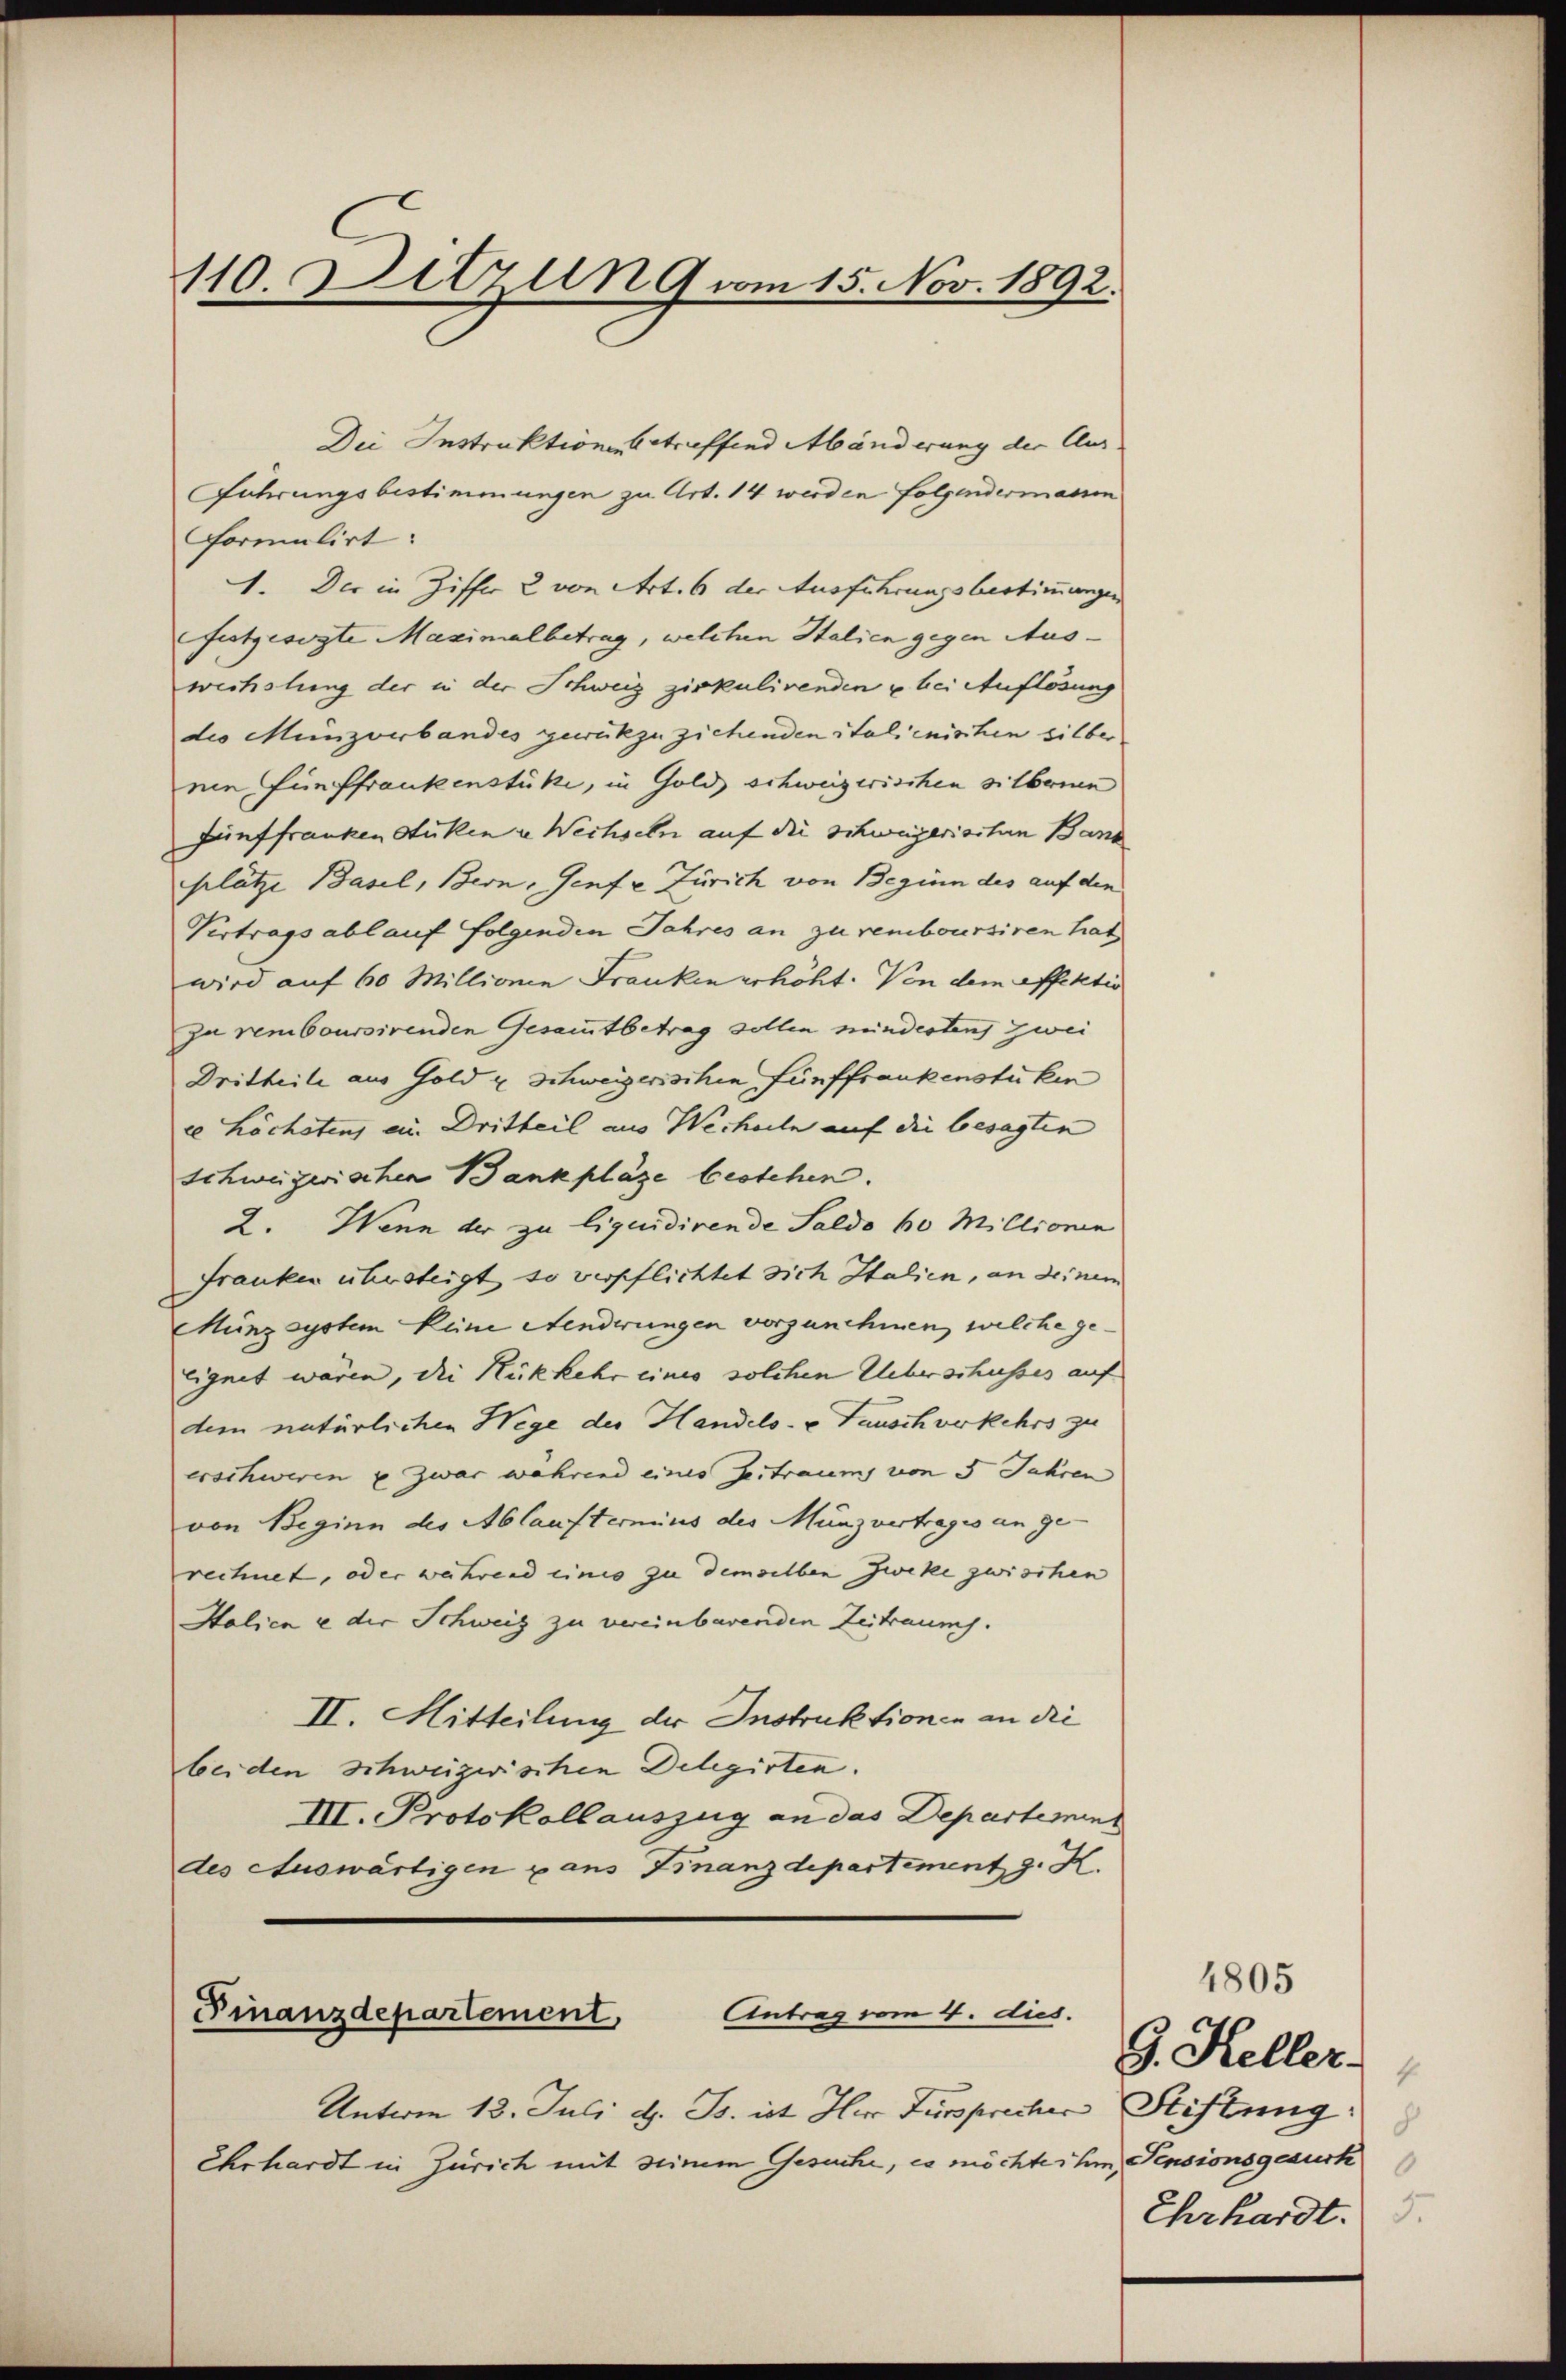
110. Sitzun 9 vom 15. Nov. 1892.

Die Instruktion betreffend Abänderung der Aus¬
Führungsbestimmungen zu Art. 14 werden folgendermann
formulirt:
1. Der in Ziffer 2 von Art. 6 der Ausführungsbestimmungen
festgesorte Maximalbetrag, welchen Italien gegen Auswechslung der in der Schweiz zirkulirenden u bei Auflösung
des Münzverbandes gewükzuziehenden italienischen silber.
nen Fünffrankenstüke, in Gold schweizerischen silbernen
Zünffranken Stücken u Wechseln auf die Schweizerischen Bank
plätze Basel, Bern, Genf e Zürich von Beginn des auf den
Vertrags ablauf folgenden Jahres an zu remboursiren hat
wird auf 60 Millionen Franken erhöht. Von dem offektio
zu remboursirenden Gesammtbetrag sollen minderten zwei
Dritteile aus Gold & Schweizerischen Fünffrankenstüken
ce höchsten, ein Dritteil aus Wechseln auf die besagten
schweizerischen Bankpläge bestehen.
2. Wenn der zu liquidirende Saldo 60 Millionen
Franken übersteigt, so verpflichtet sich Italien, an deinen
Münzsystem keine Aenderungen vorzunehmen, welche ge¬
Eignet wären, die Rückkehr eines solchen Ueberschusses auf
dem natürlichen Wege des Handels- & Tausch verkehrs zu
erschweren u zwar während einer Zeitraum von 5 Jahren
von Beginn des Ablauftermins des Münzvertrages an ge-
rechnet, oder während einis zu demselben Zweke zwischen
Italien u der Schweiz zu vereinbarenden Zeitraum.
II. Mitteilung der Instruktionen an die
beiden schweizwischen Delegirten.
III. Protokollauszug an das Departement
des Auswärtigen u ans Finanzdepartement z. K.

Antrag vom 4. dies
Finanzdepartement,

Unterm 13. Juli d. Js. ist Herr Fürsprecher Stiftung
Ehrhardt in Zürich mit seinem Gesuche, es möchte ihm Pensionsgesuch

4805
9. Keller.
4
8
J.
Ehrhardt.